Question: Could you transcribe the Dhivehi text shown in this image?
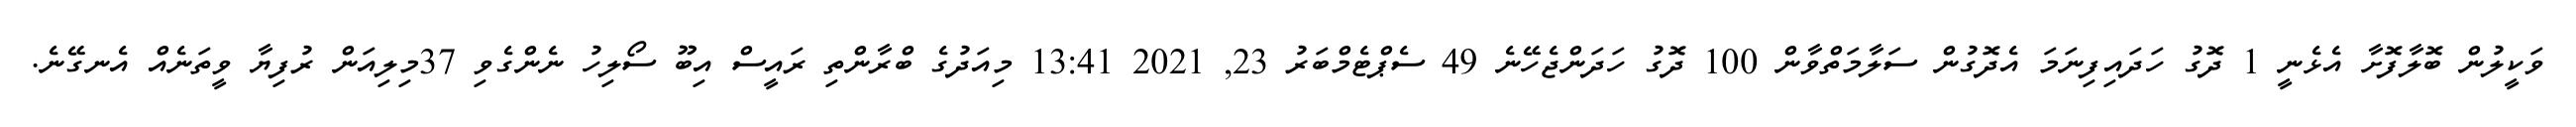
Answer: ވަކީލުން ބޮލާފޮށާ އެޅެނީ 1 ދޮގު ހަދައިފިނަމަ އެދޮގުން ސަލާމަތްވާން 100 ދޮގު ހަދަންޖެހޭނެ 49 ސެޕްޓެމްބަރު 23, 2021 13:41 މިއަދުގެ ބްރާންތި ރައީސް އިބޫ ސޯލިހު ނެންގެވި 37މިލިއަން ރުފިޔާ ވީތަނެއް އެނގޭނެ.